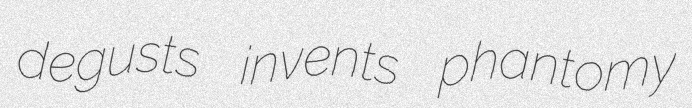
degusts invents phantomy